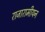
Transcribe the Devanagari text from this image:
राजारामीयन